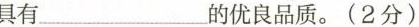
具有_______的优良品质。(2分)